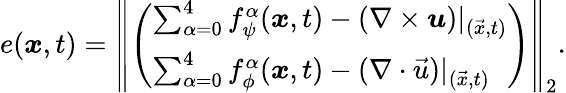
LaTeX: e(\boldsymbol{x},t)=\left\lVert\left(\begin{array}{l}{\sum_{\alpha=0}^{4}f_{\psi}^{\alpha}(\boldsymbol{x},t)-(\nabla\times\boldsymbol{u})\vert_{(\vec{x},t)}}\\ {\sum_{\alpha=0}^{4}f_{\phi}^{\alpha}(\boldsymbol{x},t)-(\nabla\cdot{\vec{u}})\vert_{(\vec{x},t)}}\end{array}\right)\right\rVert_{2}.